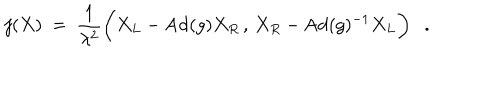
j ( X ) ~ = ~ { \frac { 1 } { \lambda ^ { 2 } } } \bigg ( X _ { L } - \mathrm { A d } ( g ) X _ { R } \, , \, X _ { R } - \mathrm { A d } ( g ) ^ { - 1 } X _ { L } \bigg ) .